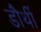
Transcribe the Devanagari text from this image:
डौर्थी